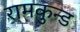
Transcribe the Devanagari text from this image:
रामकुन्ड